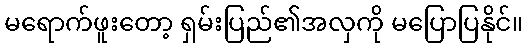
မရောက်ဖူးတော့ ရှမ်းပြည်၏အလှကို မပြောပြနိုင်။